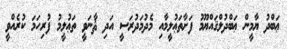
ޢަބްދު ޔާމީން ޢަބްދުލްޤައްޔޫމު ފަށާތަޢުލީމާއި މެދުމަދުރަސީ އަދި ޘާނަވީ ތަޢުލީމު ފުރިހަމަ ކުރެއްވީ